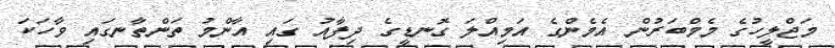
މަޖްލީހުގެ މެމްބަރުން އެމެންގެ އަމިއްލަ ގޮނޑީގެ ދިފާއު ގައި އާންމު ތަންތާނގައި ވާހަކަ